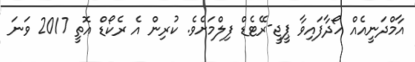
އާމްދަނީއެއް ހޯދާފައިވާ ޕީޖީ-ރޭޓެޑް ފިލްމަށެވެ. ކުރިން އެ ރެކޯޑް އޮތީ 2017 ވަނަ